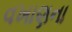
વખાણના